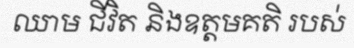
ឈាម ជីវិត និងឧត្តមគតិ របស់